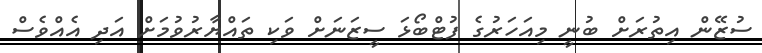
ސުޒޭން އިތުރަށް ބުނީ މިއަހަރުގެ ފުޓްބޯޅަ ސީޒަނަށް ވަކި ތައްޔާރުވުމަށް އަދި އެއްވެސް